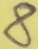
Text: 8